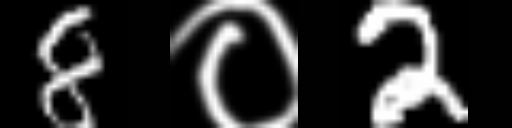
Text: 8०2